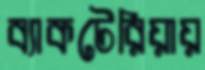
ব্যাকটেরিয়ায়